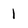
Character: 1